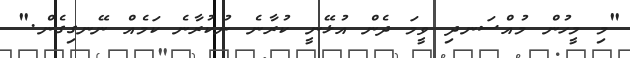
"މި މީހުން މުއްސަނދި ވީމަ ދެން އުޅޭނީ ކުރާނެ ނުކުރާނެ ކަމެއް ނޭނގިގެން."